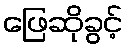
ဖြေဆိုခွင့်